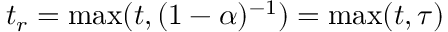
t _ { r } = \operatorname* { m a x } ( t , ( 1 - \alpha ) ^ { - 1 } ) = \operatorname* { m a x } ( t , \tau )